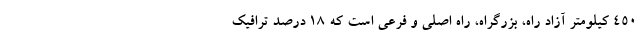
۴۵۰ کیلومتر آزاد راه، بزرگراه، راه اصلی و فرعی است که ۱۸ درصد ترافیک